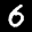
Label: 6